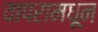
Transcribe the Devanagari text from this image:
वापरामधून